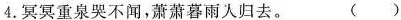
4.冥冥重泉哭不闻，萧萧暮雨人归去。 ()